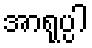
အာရုပ္ပါ